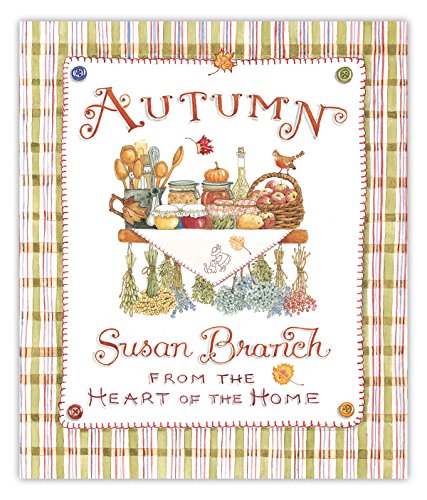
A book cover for Autumn from the Heart of the Home, 10th Anniversary Edition; Susan Branch; Cookbooks, Food & Wine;